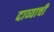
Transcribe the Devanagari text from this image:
दाव्याची